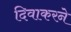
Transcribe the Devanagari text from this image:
दिवाकरने